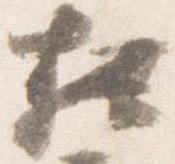
相